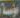
مؤسة